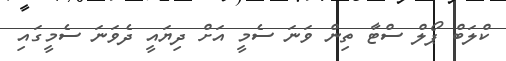
ކްލަބް ޕޯލް ސްޓާ ތިން ވަނަ ސެމީ އަށް ދިޔައީ ދެވަނަ ސެމީގައި